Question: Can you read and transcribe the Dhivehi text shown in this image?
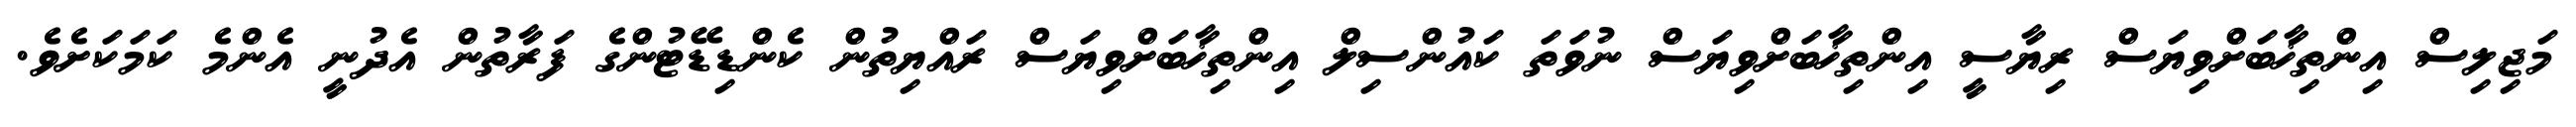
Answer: މަޖިލިސް އިންތިޚާބަށްވިޔަސް ރިޔާސީ އިންތިޚާބަށްވިޔަސް ނުވަތަ ކައުންސިލް އިންތިޚާބަށްވިޔަސް ރައްޔިތުން ކެންޑިޑޭޓުންގެ ފަރާތުން އެދުނީ އެންމެ ކަމަކަށެވެ.